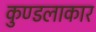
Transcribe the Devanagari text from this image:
कुण्डलाकार